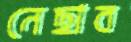
নেছাব